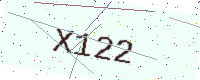
Text: X122